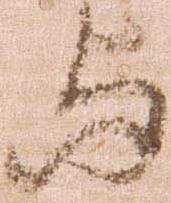
与